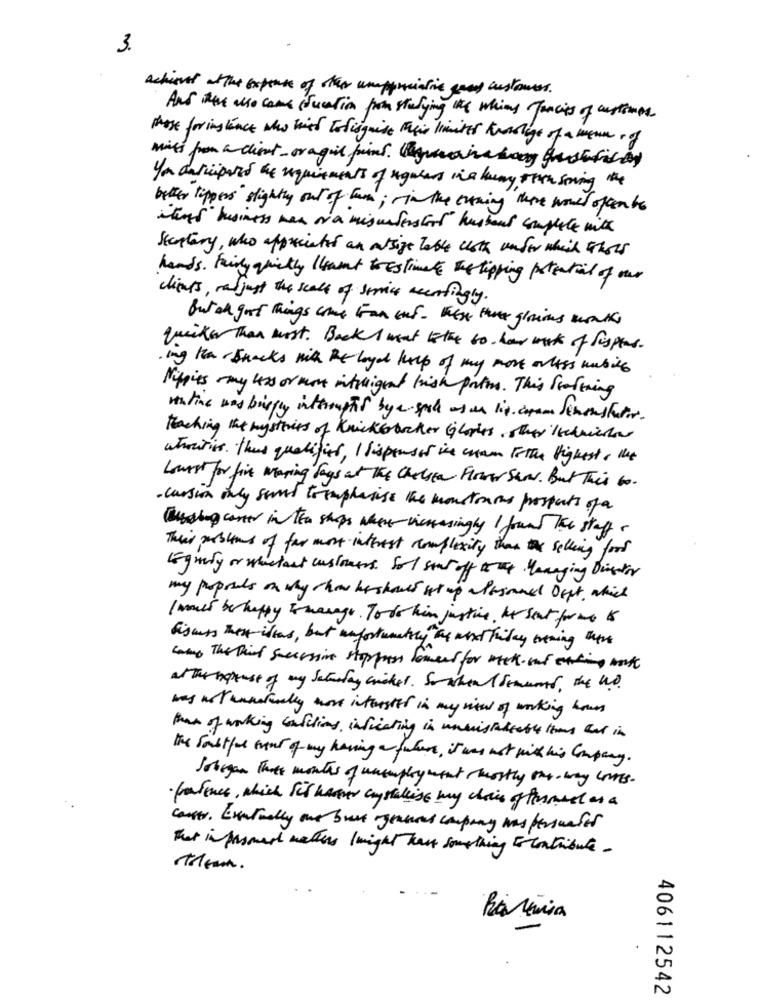
3.
Actions at the expense of other unappreciative goed customers.
Ans them also came suction from studying the which Jancies of customer
Has forinstance who wish Todisguise their limited toslags of a wenn of
miss from a client_ or agil print. laguaira haag giustifica)
you datipars the requirements of regulars ina huny tion soving the
better tippers slightly out of two; in the evening there would often to
itens business men ora misurfershort husband complete with
Skarptary, who appreciated an atsige Table cloth under which thors
hands. Fairly quickly want toestimate the tipping potential of our
clients, rajust the scale of service veertingly.
But ak gost things come From ent. These thre glorious works
quicker than most. BackI want to the to how work of fispeed.
ing har Snacks will Be loyal help of my more anlass nubile
Nitits my loss or more intruigent hish prins . This frattning
sintine was buggy interrupts bye spik as an lip. dopam demonstrator.
teaching the mysteries of Knickerbocker Glories. other kedniche
whowins. that qualifies, 1 dispenser in cham tothe Highest, the
Lowest for five maring Says at The Chelsea Flower Saw. But This to.
.cursion ony samt tramplesise the monstrans prospects of a
Cussing caner in the ships where increasingly I found The staff .
Their problems of far most interest complexity than selling ford
Equity or waslast customers. So I sout off that Managing Director
my propreds on why show hershould set up alksmnel Oupt, which
I mais be happy tomanage. Todo him justine, he seat forme to
discuss thest-ilkas, but unfortunately as next friday evening there
Lamp The Paint successive stoppas Somers for met- wat eating work
alter nepense of my Saturday cricket. So when Sements, the W.
was not unnaturally most interested in my view of working hours
than of working consitions, indicating in unmistadisable this cal in
the fault for myout of my having a future , it was not with his Company .
Soligan that months of unemployment rmostly the way Loves .
·fortenes, which for haver crystallise my chains of Parmael as a
causer. Eventually one breve ogensures company was persuafor
that in pasmart matters Imight hast something tocontribute.
team .
406112542